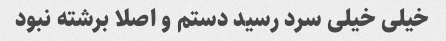
خیلی خیلی سرد رسید دستم و اصلا برشته نبود